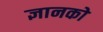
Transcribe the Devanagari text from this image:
ज्ञानको